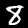
Label: 8